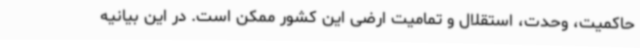
حاکمیت، وحدت، استقلال و تمامیت ارضی این کشور ممکن است. در این بیانیه